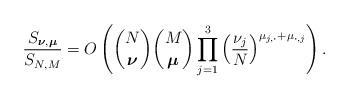
LaTeX: \begin{align*}\frac{S_{\boldsymbol\nu,\boldsymbol\mu}}{S_{N,M}}=O\left(\binom{N}{\boldsymbol\nu}\binom{M}{\boldsymbol\mu}\prod_{j=1}^3\left(\frac{\nu_j}{N}\right)^{\mu_{j,\boldsymbol\cdot}+\mu_{\boldsymbol\cdot,j}}\right).\end{align*}